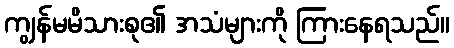
ကျွန်မမိသားစု၏ အသံများကို ကြားနေရသည်။